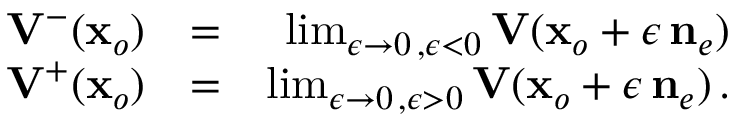
\begin{array} { r l r } { { { \bf V } } ^ { - } ( { \bf x } _ { o } ) } & { = } & { \operatorname* { l i m } _ { \epsilon \rightarrow 0 \, , \epsilon < 0 } { \bf V } ( { \bf x } _ { o } + \epsilon \, { { \bf n } } _ { e } ) } \\ { { { \bf V } } ^ { + } ( { \bf x } _ { o } ) } & { = } & { \operatorname* { l i m } _ { \epsilon \rightarrow 0 \, , \epsilon > 0 } { \bf V } ( { \bf x } _ { o } + \epsilon \, { { \bf n } } _ { e } ) \, . } \end{array}